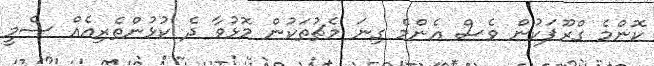
ކޮންމެ ގްރޫޕަކުން ވެސް އެންމެ ގިނަ މެޗުތަކުން މޮޅުވާ ދެ ކުޅުންތެރިއެއް ސެމީ